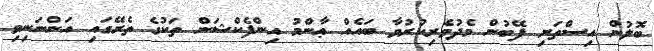
ބޮލުން އިސްތަށި ފޭބުން މެދުވެރިކުރުވާ ބައެއް ޢާންމު އިންފެކްޝަން ތަކުގެ ތެރޭގައި އަންނަނިވި